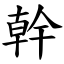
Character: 幹